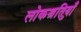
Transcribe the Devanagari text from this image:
लोकश्रुतियाँ